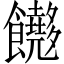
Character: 𬲢